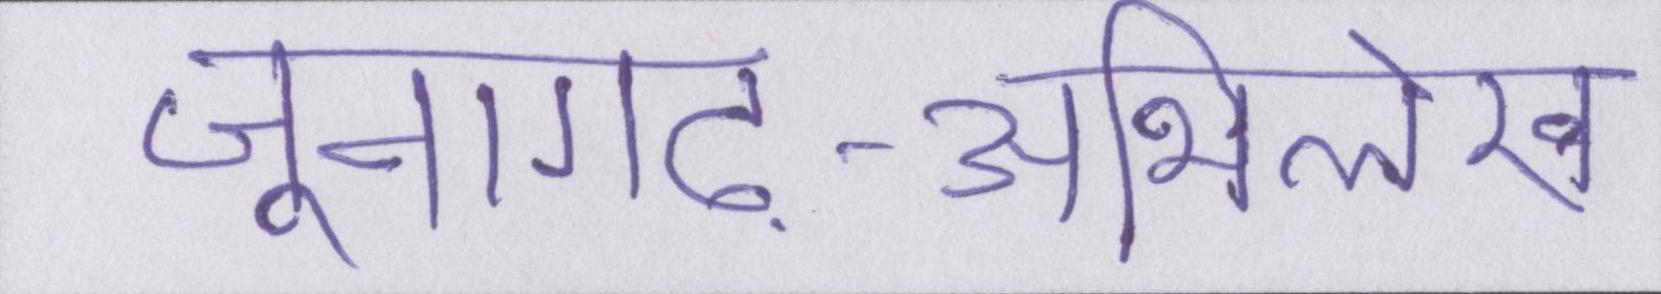
जूनागढ़-अभिलेख